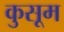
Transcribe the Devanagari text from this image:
कुसूम